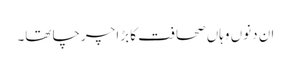
ان دنوں وہاں صحافت کا بڑا چرچا تھا۔